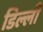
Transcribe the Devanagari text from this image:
डिल्ली